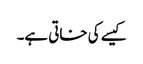
کیسے کی خاتی ہے۔